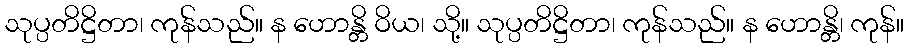
သုပ္ပတိဋ္ဌိတာ၊ ကုန်သည်။ န ဟောန္တိ ဝိယ၊ သို့။ သုပ္ပတိဋ္ဌိတာ၊ ကုန်သည်။ န ဟောန္တိ၊ ကုန်။